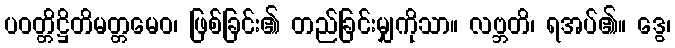
ပဝတ္တိဋ္ဌိတိမတ္တမေဝ၊ ဖြစ်ခြင်း၏ တည်ခြင်းမျှကိုသာ။ လဗ္ဘတိ၊ ရအပ်၏။ ဒွေ၊